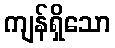
ကျန်ရှိသော